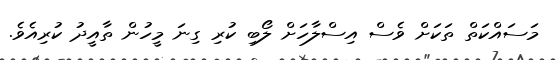
މަސައްކަތް ތަކަށް ވެސް އިސްލާހަށް ލޯބި ކުރި ގިނަ މީހުން ތާއީދު ކުރިއެވެ.